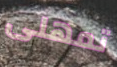
تمهلى